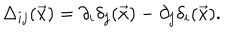
LaTeX: \Delta _ { i j } ( \vec { x } ) = \partial _ { i } \delta _ { j } ( \vec { x } ) - \partial _ { j } \delta _ { i } ( \vec { x } ) .